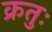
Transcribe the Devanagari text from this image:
क्रतुः